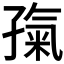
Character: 𡦎